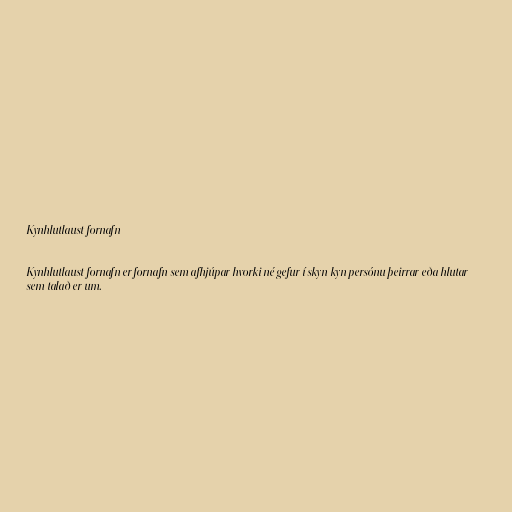
Kynhlutlaust fornafn

Kynhlutlaust fornafn er fornafn sem afhjúpar hvorki né gefur í skyn kyn persónu þeirrar eða hlutar
sem talað er um.